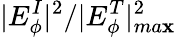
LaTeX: |E_{\phi}^{I}|^{2}/|E_{\phi}^{T}|_{ma\mathbf{x}}^{2}